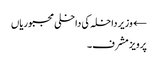
← وزیر داخلہ کی داخلی مجبوریاں
پرویز مشرف۔